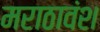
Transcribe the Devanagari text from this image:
मराठावंश